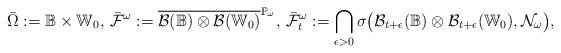
LaTeX: \begin{align*}\bar{\Omega} := \mathbb{B}\times \mathbb{W}_0,\,\bar{\mathcal{F}}^{\omega} := \overline{\mathcal{B}(\mathbb{B})\otimes \mathcal{B}(\mathbb{W}_0)}^{\mathbb{P}_{\omega}},\,\bar{\mathcal{F}}^{\omega}_t := \bigcap_{\epsilon > 0}\sigma\big(\mathcal{B}_{t+\epsilon}(\mathbb{B})\otimes \mathcal{B}_{t+\epsilon}(\mathbb{W}_0),\mathcal{N}_{\omega}\big),\end{align*}